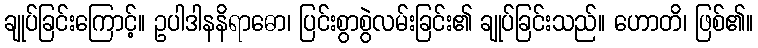
ချုပ်ခြင်းကြောင့်။ ဥပါဒါနနိရာဓော၊ ပြင်းစွာစွဲလမ်းခြင်း၏ ချုပ်ခြင်းသည်။ ဟောတိ၊ ဖြစ်၏။